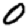
Digit: 0